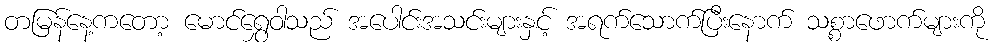
တမြန်နေ့ကတော့ မောင်ရွှေဝါသည် အပေါင်းအသင်းများနှင့် အရက်သောက်ပြီးနောက် သစ္စာဖောက်များကို